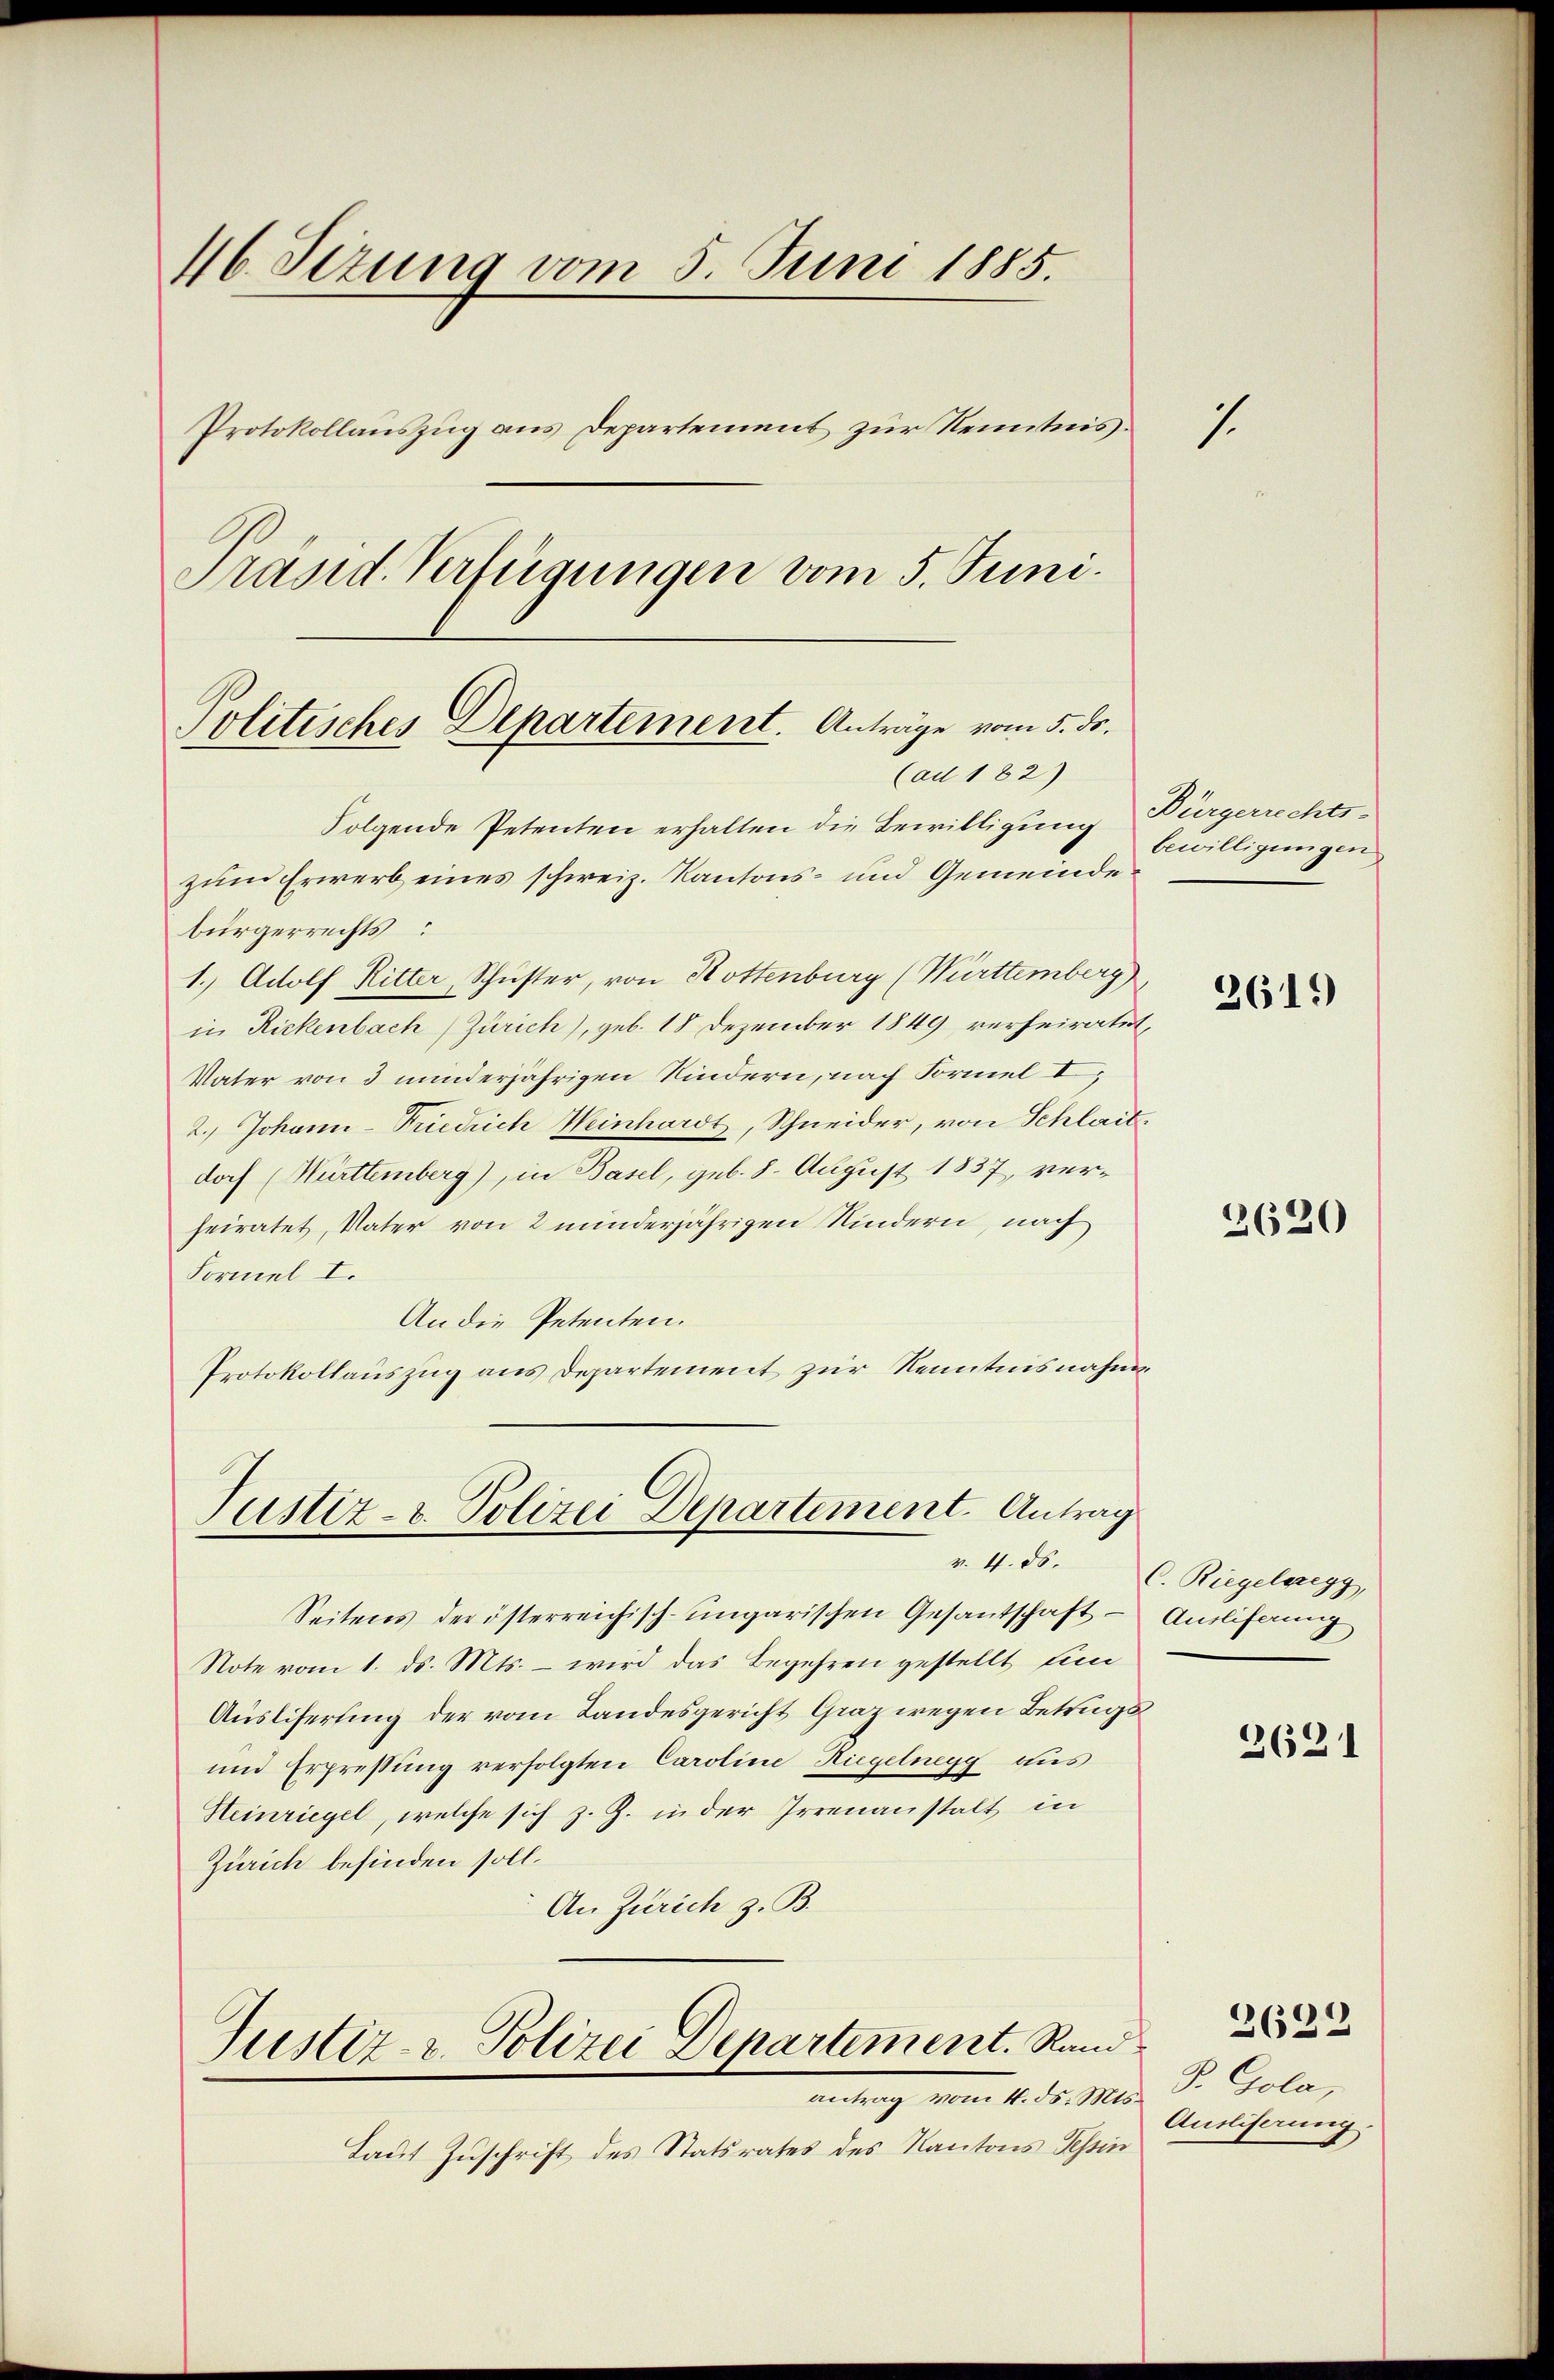
46. Sizung vom 5. Juni 1885.
Protokollauszug aus Departement zur Kenntnis.
Präsid. Verfügungen vom 5. Juni.

Politisches Departement. Anträge vom 5. ds.
(ad 182)

Folgende Petenten erhalten die Bewilligung Bürgerrechts-
zum Erwerb eines schweiz. Kantons- und Gemeinde
bürgerrechts
1. Adolf Ritter, Schuster, von Rottenburg (Württemberg)
in Rickenbach (Zürich), geb. 18 Dezember 1849 verheiratet,
Vater von 3 minderjährigen Kindern, nach Formel I
2.) Johann-Friedrich Weinhardt, Schneider, von Schlait,
doch (Mürttemberg), in Basel, geb. 8. August 1837, verheiratet, Vater von 2 minderjährigen Kindern, nach
Formel I.
An die Petenten.
Protokollaŭszŭg ans Departement zur Kenntnisnahme

Justiz- & Polizei Departement. Antrag

Justiz- u. Polizei Departement. Rand
endung vom 12. d. Mts.

Seitens der österreichisch-ungarischen Gesandschaft - Auslieferung
Note vom 1. ds. Mts. – wird das Begehren gestellt fin
Ausliferung der vom Landesgericht Graz wegen Betrugs
und Erpressung verfolgten Caroline Hiegelnegg aus
Steinriegel, welche sich z. Z. in der Irrenanstalt in
Zürich befinden soll.
An Zürich z. B.

Taut Zuschrift des Statsrates des Kantons Tessin

1

bewilligungen

2619)

2620

r. 4. ds. C. Riegelregg,

2621

2632

P. Gola,
Ansliserung.